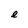
Character: e